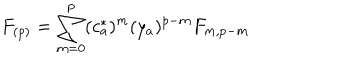
F _ { ( p ) } = \sum _ { m = 0 } ^ { p } ( c _ { a } ^ { * } ) ^ { m } ( y _ { a } ) ^ { p - m } F _ { m , p - m }